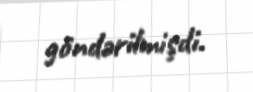
göndərilmişdi.